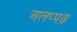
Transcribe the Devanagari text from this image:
अलप्पढ़